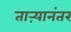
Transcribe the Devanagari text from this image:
ताऱ्यानंतर